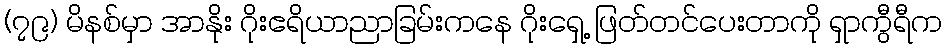
(၇၉) မိနစ်မှာ အာနိုး ဂိုးဧရိယာညာခြမ်းကနေ ဂိုးရှေ့ ဖြတ်တင်ပေးတာကို ရှာကွီရီက